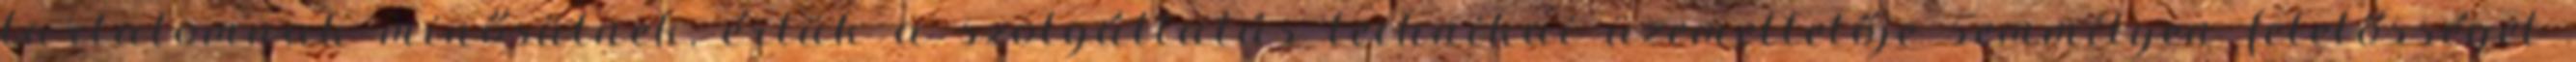
tartalomnak minősülnek, értük a szolgáltatás technikai üzemeltetője semmilyen felelősséget